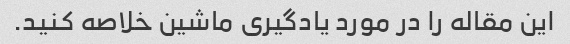
این مقاله را در مورد یادگیری ماشین خلاصه کنید.